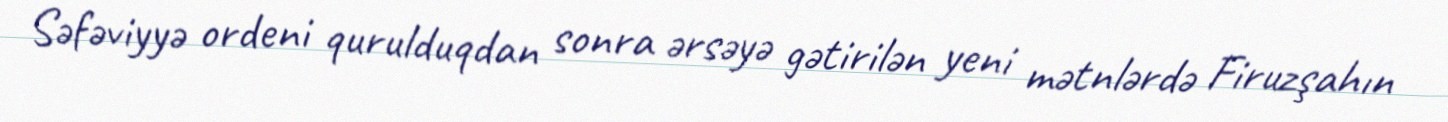
Səfəviyyə ordeni qurulduqdan sonra ərsəyə gətirilən yeni mətnlərdə Firuzşahın